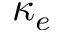
\kappa _ { e }